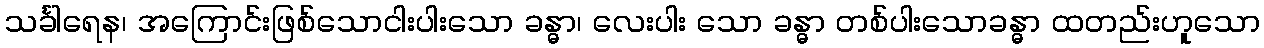
သင်္ခါရေန၊ အကြောင်းဖြစ်သောငါးပါးသော ခန္ဓာ၊ လေးပါး သော ခန္ဓာ တစ်ပါးသောခန္ဓာ ထတည်းဟူသော